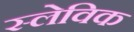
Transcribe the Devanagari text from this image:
स्लेविक